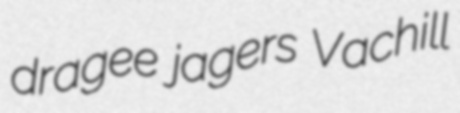
dragee jagers Vachill